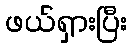
ဖယ်ရှားပြီး